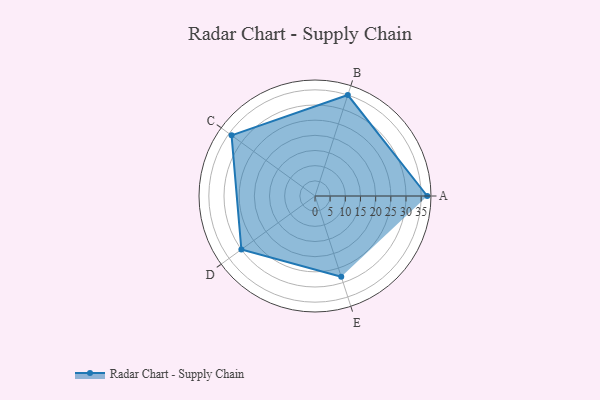
{"axis": {"x": "Skill", "y": "Score"}, "legend": ["Profile"], "data": [{"x": "A", "y": 37.0, "type": "Profile"}, {"x": "B", "y": 35.0, "type": "Profile"}, {"x": "C", "y": 34.0, "type": "Profile"}, {"x": "D", "y": 30.0, "type": "Profile"}, {"x": "E", "y": 28.0, "type": "Profile"}]}